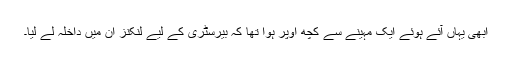
ابھی یہاں آئے ہوئے ایک مہینے سے کچھ اوپر ہوا تھا کہ بیرسٹری کے لیے لنکنز اِن میں داخلہ لے لیا۔